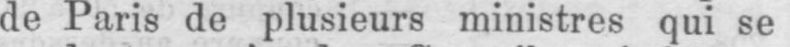
de Paris de plusieurs ministres qui se